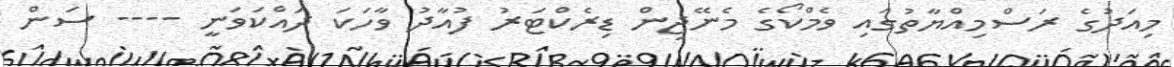
މިއަދުގެ ރަސްމިއްޔާތުގައި ވެމްކޯގެ މެނޭޖިން ޑިރެކްޓަރު ފުއާދު ވާހަކަ ދައްކަވަނީ ---- ސަން